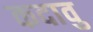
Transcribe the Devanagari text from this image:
कदावु